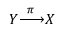
Y { \xrightarrow { ~ \pi ~ } } X